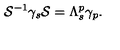
{ \cal S } ^ { - 1 } \gamma _ { s } { \cal S } = \Lambda _ { s } ^ { p } \gamma _ { p } .